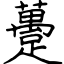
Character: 躉